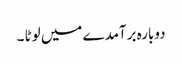
دوبارہ برآمدے میں لوٹا ۔